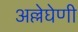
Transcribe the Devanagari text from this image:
अल्लेघेणी